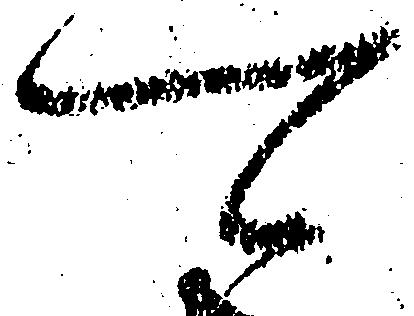
可